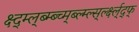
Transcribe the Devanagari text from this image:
क्ष्द्म्ल्ब्म्ब्च्म्ब्ल्म्ल्स्र्ल्क्ष्ल्द्फ्